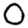
Digit: 0